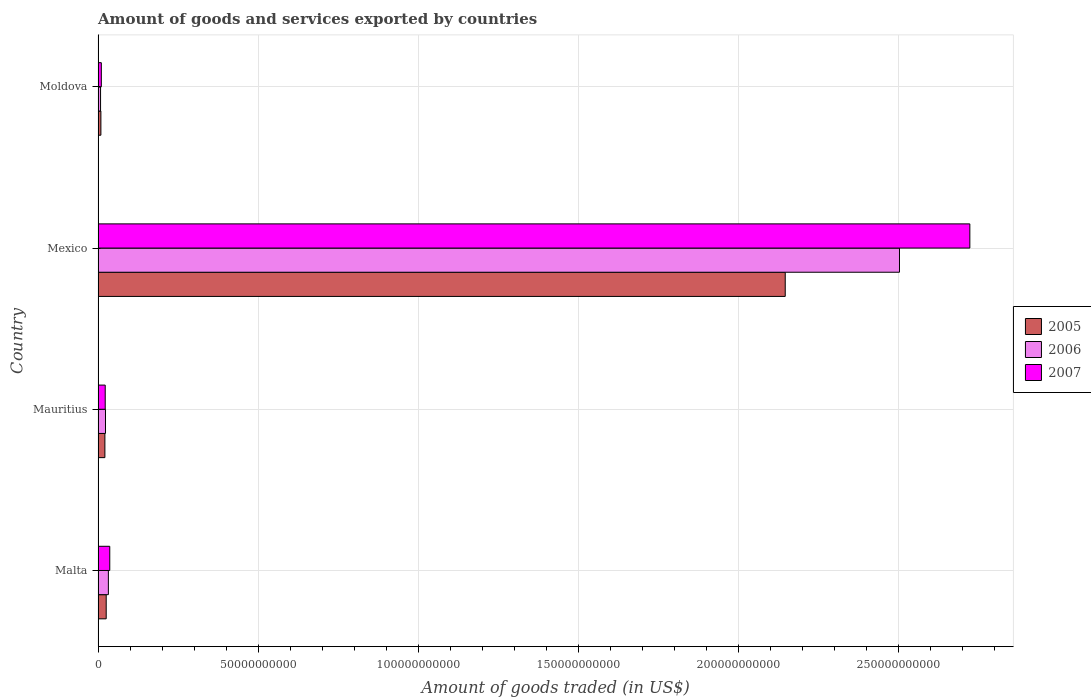
| Country | 2005 | 2006 | 2007 |
 | --- | --- | --- | --- |
 | Malta | 2.54e+09 | 3.23e+09 | 3.66e+09 |
 | Mauritius | 2.14e+09 | 2.33e+09 | 2.24e+09 |
 | Mexico | 2.15e+11 | 2.5e+11 | 2.72e+11 |
 | Moldova | 8.86e+08 | 7.87e+08 | 1.03e+09 |